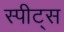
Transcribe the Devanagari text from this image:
स्पीट्स